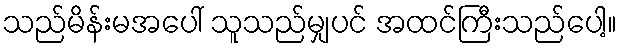
သည်မိန်းမအပေါ် သူသည်မျှပင် အထင်ကြီးသည်ပေါ့။